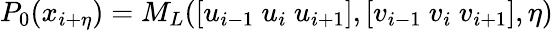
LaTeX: P_{0}(x_{i+\eta})=M_{L}([u_{i-1}~u_{i}~u_{i+1}],[v_{i-1}~v_{i}~v_{i+1}],\eta)